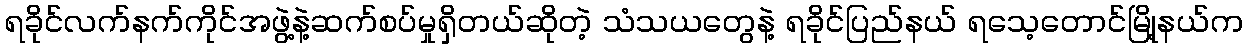
ရခိုင်လက်နက်ကိုင်အဖွဲ့နဲ့ဆက်စပ်မှုရှိတယ်ဆိုတဲ့ သံသယတွေနဲ့ ရခိုင်ပြည်နယ် ရသေ့တောင်မြို့နယ်က